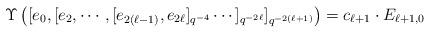
LaTeX: \begin{align*} \Upsilon\left([e_{0},[e_{2},\cdots,[e_{2(\ell-1)},e_{2\ell}]_{q^{-4}}\cdots]_{q^{-2\ell}}]_{q^{-2(\ell+1)}}\right)= c_{\ell+1}\cdot E_{\ell+1,0}\end{align*}